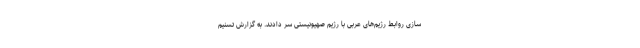
سازی روابط رژیم‌های عربی با رژیم صهیونیستی سر دادند. به گزارش تسنیم